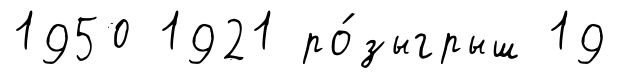
1950 1921 ро́зыгрыш 19